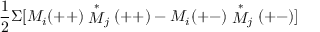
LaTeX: \frac { 1 } { 2 } \Sigma [ M _ { i } ( + + ) \stackrel { \ast } { M } _ { j } ( + + ) - M _ { i } ( + - ) \stackrel { \ast } { M } _ { j } ( + - ) ]